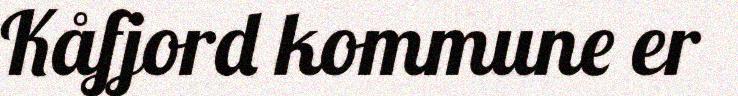
Kåfjord kommune er